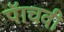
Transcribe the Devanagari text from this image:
पॅाचवी